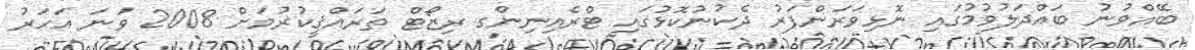
ބޭއްވުނު ބައްދަލުވުމުގައި ނޮޅިވަރަންފަރު ދެކުނުކޮޅުގައި ޓްރެއިނިންގ ރިޒޯޓް ތަރައްޤީކުރުމަށް 2008 ވަނަ އަހަރު